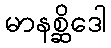
မာနစ္ဆိဒေါ